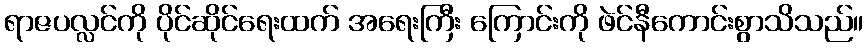
ရာဇပလ္လင်ကို ပိုင်ဆိုင်ရေးထက် အရေးကြီး ကြောင်းကို ဖဲင်နီကောင်းစွာသိသည်။